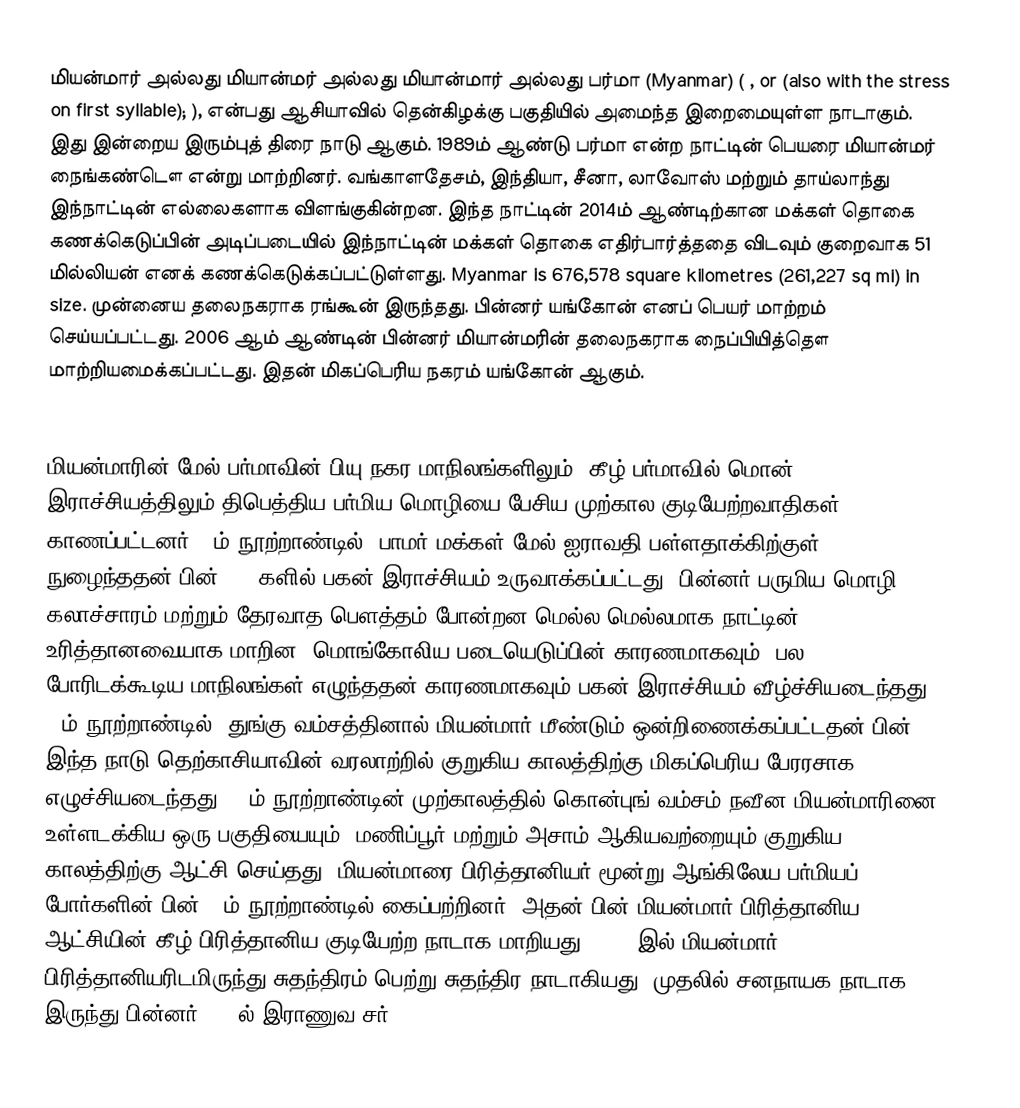
மியன்மார் அல்லது மியான்மர் அல்லது மியான்மார் அல்லது பர்மா (Myanmar) (  ,   or   (also with the stress on first syllable); ),  என்பது ஆசியாவில் தென்கிழக்கு பகுதியில் அமைந்த இறைமையுள்ள நாடாகும். இது இன்றைய இரும்புத் திரை நாடு ஆகும். 1989ம் ஆண்டு பர்மா என்ற நாட்டின் பெயரை மியான்மர் நைங்கண்டௌ என்று மாற்றினர். வங்காளதேசம், இந்தியா, சீனா, லாவோஸ் மற்றும் தாய்லாந்து இந்நாட்டின் எல்லைகளாக விளங்குகின்றன. இந்த நாட்டின் 2014ம் ஆண்டிற்கான மக்கள் தொகை கணக்கெடுப்பின் அடிப்படையில் இந்நாட்டின் மக்கள் தொகை எதிர்பார்த்ததை விடவும் குறைவாக 51 மில்லியன் எனக் கணக்கெடுக்கப்பட்டுள்ளது. Myanmar is 676,578 square kilometres (261,227 sq mi) in size. முன்னைய தலைநகராக ரங்கூன் இருந்தது. பின்னர் யங்கோன் எனப் பெயர் மாற்றம் செய்யப்பட்டது. 2006 ஆம் ஆண்டின் பின்னர் மியான்மரின் தலைநகராக நைப்பியித்தௌ மாற்றியமைக்கப்பட்டது. இதன் மிகப்பெரிய நகரம் யங்கோன் ஆகும்.

மியன்மாரின் மேல் பர்மாவின் பியு நகர மாநிலங்களிலும், கீழ் பர்மாவில் மொன் இராச்சியத்திலும் திபெத்திய-பர்மிய மொழியை பேசிய முற்கால குடியேற்றவாதிகள் காணப்பட்டனர். 9ம் நூற்றாண்டில், பாமர் மக்கள் மேல்  ஐராவதி பள்ளதாக்கிற்குள் நுழைந்ததன் பின் 1050களில் பகன் இராச்சியம் உருவாக்கப்பட்டது. பின்னர் பருமிய மொழி, கலாச்சாரம் மற்றும் தேரவாத பௌத்தம் போன்றன மெல்ல மெல்லமாக நாட்டின் உரித்தானவையாக மாறின. மொங்கோலிய படையெடுப்பின் காரணமாகவும், பல போரிடக்கூடிய மாநிலங்கள் எழுந்ததன் காரணமாகவும் பகன் இராச்சியம் வீழ்ச்சியடைந்தது. 16ம் நூற்றாண்டில், துங்கு வம்சத்தினால் மியன்மார் மீண்டும் ஒன்றிணைக்கப்பட்டதன் பின், இந்த நாடு தெற்காசியாவின் வரலாற்றில் குறுகிய காலத்திற்கு மிகப்பெரிய பேரரசாக எழுச்சியடைந்தது.  19ம் நூற்றாண்டின் முற்காலத்தில் கொன்புங் வம்சம் நவீன மியன்மாரினை உள்ளடக்கிய ஒரு பகுதியையும், மணிப்பூர் மற்றும் அசாம் ஆகியவற்றையும் குறுகிய காலத்திற்கு ஆட்சி செய்தது. மியன்மாரை பிரித்தானியர் மூன்று ஆங்கிலேய-பர்மியப் போர்களின் பின் 19ம் நூற்றாண்டில் கைப்பற்றினர். அதன் பின் மியன்மார் பிரித்தானிய ஆட்சியின் கீழ் பிரித்தானிய குடியேற்ற நாடாக மாறியது. 1948 இல் மியன்மார் பிரித்தானியரிடமிருந்து சுதந்திரம் பெற்று சுதந்திர நாடாகியது. முதலில் சனநாயக நாடாக இருந்து பின்னர் 1962ல் இராணுவ சர்